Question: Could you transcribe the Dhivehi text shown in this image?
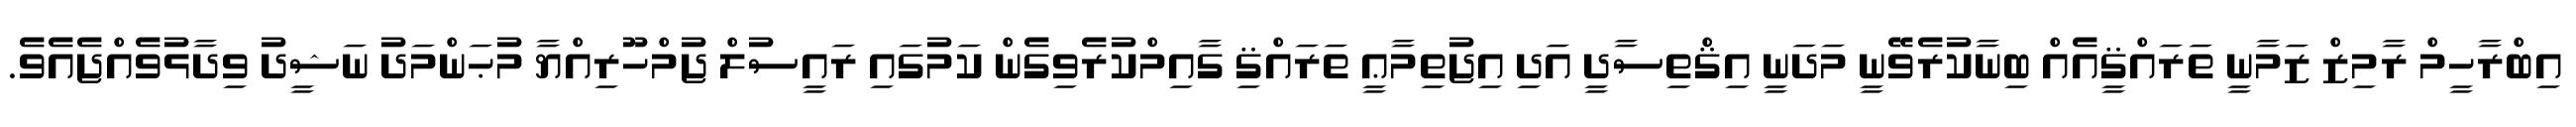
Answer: އިބްރާހީމް ރާމިޒް ޒަމާނީ ތަރައްޤީއެއް ބިނާކުރެވޭނީ މަދަނީ އިޤްތިސާދީ އަދި އިޖުތިމާޢީ ތަރައްޤި ގާއިމްކުރެވިގެން ކަމުގައި ރައީސުލް ޖުމްހޫރިއްޔާ މުޙަންމަދު ނަޝީދު ވިދާޅުވެއްޖެއެވެ.